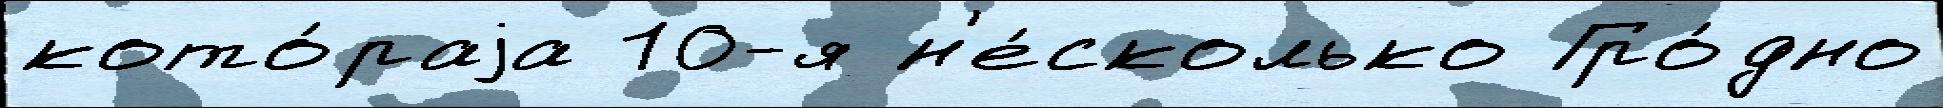
кото́раjа 10-я н'е́сколько Гро́дно